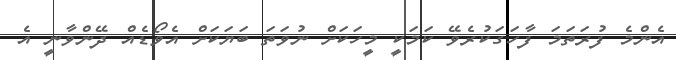
އެންމެ ފުރަތަމަ ފާހަގަކުރެވޭ ކަމަކީ މީހަކަށް ނުވަތަ ބަޔަކަށް އެވޯޑެއް ދޭންވާނީ އެ